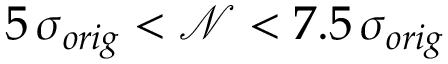
5 \, \sigma _ { o r i g } < \mathcal { N } < 7 . 5 \, \sigma _ { o r i g }